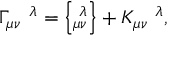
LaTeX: \Gamma _ { \mu \nu } ^ { \, \, \, \, \, \, \, \lambda } = \left\{ _ { \mu \nu } ^ { \, \, \lambda } \right\} + K _ { \mu \nu } ^ { \, \, \, \, \, \, \, \lambda } ,